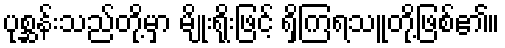
ပုစ္ဆန်းသည်တို့မှာ မျိုးရိုးဖြင့် ရှိကြရသူတို့ဖြစ်၏။